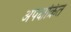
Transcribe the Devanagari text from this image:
अपक्षक्रित